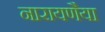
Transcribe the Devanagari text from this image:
नारायणैया